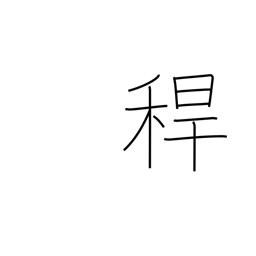
Meaning: hollow stem